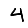
Digit: 4